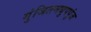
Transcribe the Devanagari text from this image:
गुंजितमधुपपुंज